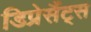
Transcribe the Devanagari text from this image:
डिप्रेसैंट्स